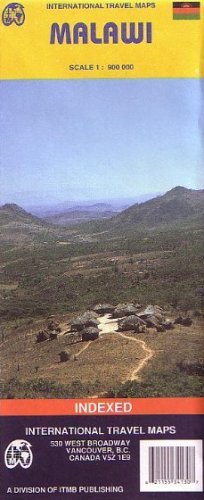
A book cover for By ITMB Publishing Malawi Map by ITMB [Map]; Travel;